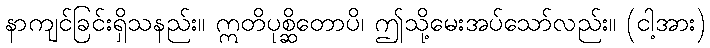
နာကျင်ခြင်းရှိသနည်း။ ဣတိပုစ္ဆိတောပိ၊ ဤသို့မေးအပ်သော်လည်း။ (ငါ့အား)